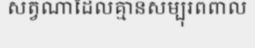
សត្វណាដែលគ្មានសម្បុរពពាល